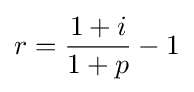
r={\frac {1+i}{1+p}}-1\,\!